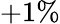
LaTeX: +1\%